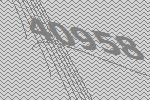
40958